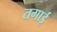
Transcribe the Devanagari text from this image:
तगाई